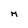
Character: M